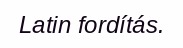
Latin fordítás.